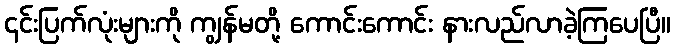
၎င်းပြက်လုံးများကို ကျွန်မတို့ ကောင်းကောင်း နားလည်လာခဲ့ကြပေပြီ။